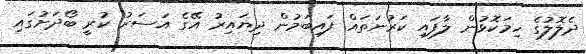
ދެލޮލުގެ ހިމަކޮޅުން ލާފައި ކަރުނަތައް ފައިބަމުން ދިޔައިރު އޭގެ އަސަރު ކުރީ ބޯދަށުގައި